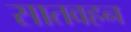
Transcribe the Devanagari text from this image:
सातवहन